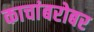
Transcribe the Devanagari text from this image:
काचांबरोबर